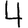
Digit: 4